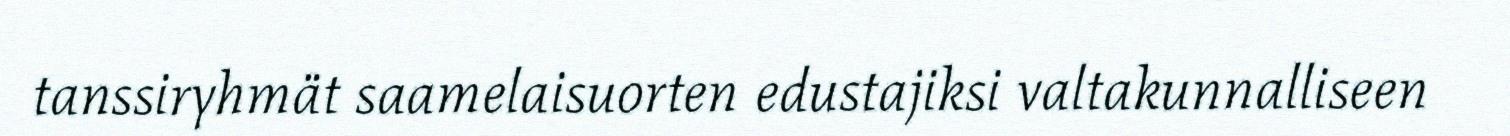
tanssiryhmät saamelaisuorten edustajiksi valtakunnalliseen